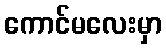
ကောင်မလေးမှာ